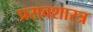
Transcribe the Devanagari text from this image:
प्रसवशास्त्र